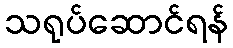
သရုပ်ဆောင်ရန်